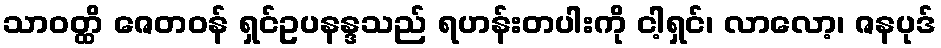
သာဝတ္ထိ ဇေတဝန် ရှင်ဥပနန္ဒသည် ရဟန်းတပါးကို ငါ့ရှင်၊ လာလော့၊ ဇနပုဒ်